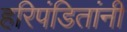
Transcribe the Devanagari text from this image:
हरिपंडितांनी